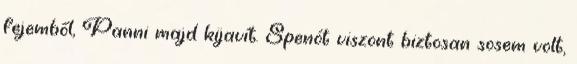
fejemből, Panni majd kijavít. Spenót viszont biztosan sosem volt,